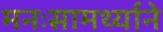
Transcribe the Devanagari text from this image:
मनःसामर्थ्याने